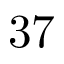
3 7